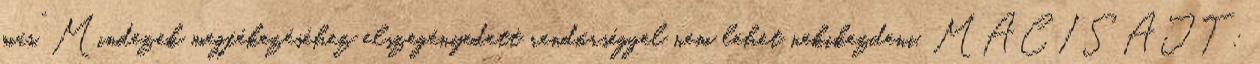
más”. Mindezek megfékezéséhez elszegényedett rendőrséggel nem lehet nekikezdeni. MACISAJT: